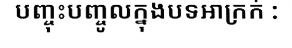
បញ្ចុះបញ្ចូលក្នុងបទអាក្រក់ :